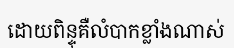
ដោយពិន្ទុគឺលំបាកខ្លាំងណាស់